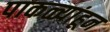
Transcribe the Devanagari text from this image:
पाकळ्यांहून